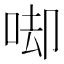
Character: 𠳞